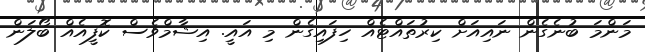
މަންމަ ބުނެގެން ނައިއަށް ކިރުތައްޓެއް ހިފައިގެން މި އައީ. އިޝާމްވެސް ކޮފީއެއް ބޯލަން